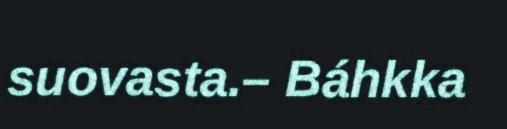
suovasta.– Báhkka